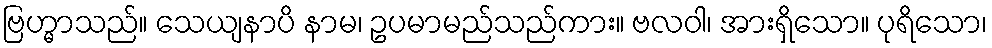
ဗြဟ္မာသည်။ သေယျနာပိ နာမ၊ ဥပမာမည်သည်ကား။ ဗလဝါ၊ အားရှိသော။ ပုရိသော၊